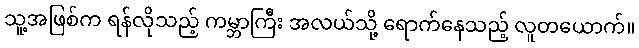
သူ့အဖြစ်က ရန်လိုသည့် ကမ္ဘာကြီး အလယ်သို့ ရောက်နေသည့် လူတယောက်။